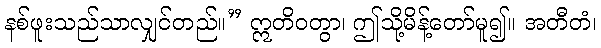
နစ်ဖူးသည်သာလျှင်တည်။” ဣတိဝတွာ၊ ဤသို့မိန့်တော်မူ၍။ အတီတံ၊